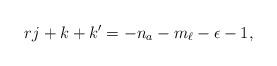
LaTeX: \begin{align*}rj+k+k'=-n_a-m_\ell-\epsilon -1,\end{align*}